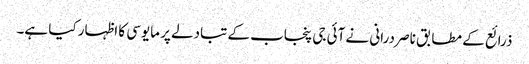
ذرائع کے مطابق ناصر درانی نے آئی جی پنجاب کے تبادلے پر مایوسی کا اظہار کیا ہے۔